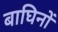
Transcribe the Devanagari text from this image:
बाघिनों